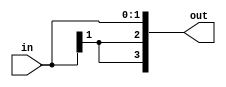
/*
 * Generated by Digital. Don't modify this file!
 * Any changes will be lost if this file is regenerated.
 */
module DIG_BitExtender #(
    parameter inputBits = 2,
    parameter outputBits = 4
)
(
    input [(inputBits-1):0] in,
    output [(outputBits - 1):0] out
);
    assign out = {{(outputBits - inputBits){in[inputBits - 1]}}, in};
endmodule




module CompUnsigned #(
    parameter Bits = 1
)
(
    input [(Bits -1):0] a,
    input [(Bits -1):0] b,
    output \> ,
    output \= ,
    output \<
);
    assign \> = a > b;
    assign \= = a == b;
    assign \< = a < b;
endmodule


module Mux_2x1_NBits #(
    parameter Bits = 2
)
(
    input [0:0] sel,
    input [(Bits - 1):0] in_0,
    input [(Bits - 1):0] in_1,
    output reg [(Bits - 1):0] out
);
    always @ (*) begin
        case (sel)
            1'h0: out = in_0;
            1'h1: out = in_1;
            default:
                out = 'h0;
        endcase
    end
endmodule


module immunit_digital (
  input [31:0] Inst,
  output [31:0] imm
);
  wire [11:0] s0;
  wire [31:0] immi;
  wire [11:0] s1;
  wire [31:0] imms;
  wire [12:0] s2;
  wire [31:0] immb;
  wire [19:0] s3;
  wire [20:0] s4;
  wire [31:0] immj;
  wire [6:0] opcode;
  wire [2:0] func3;
  wire s5;
  wire s6;
  wire s7;
  wire s8;
  wire s9;
  wire s10;
  wire s11;
  wire s12;
  wire [31:0] s13;
  wire [31:0] shamt;
  wire [31:0] s14;
  wire s15;
  wire [31:0] s16;
  wire s17;
  wire [31:0] s18;
  wire s19;
  wire [31:0] s20;
  wire s21;
  wire s22;
  wire [31:0] immu;
  wire s23;
  assign s1[4:0] = Inst[11:7];
  assign s1[11:5] = Inst[31:25];
  assign s2[0] = 1'b0;
  assign s2[4:1] = Inst[11:8];
  assign s2[10:5] = Inst[30:25];
  assign s2[11] = Inst[7];
  assign s2[12] = Inst[31];
  assign s4[0] = 1'b0;
  assign s4[10:1] = Inst[30:21];
  assign s4[11] = Inst[20];
  assign s4[19:12] = Inst[19:12];
  assign s4[20] = Inst[31];
  assign s0 = Inst[31:20];
  assign s3 = Inst[31:12];
  assign opcode = Inst[6:0];
  assign func3 = Inst[14:12];
  DIG_BitExtender #(
    .inputBits(12),
    .outputBits(32)
  )
  DIG_BitExtender_i0 (
    .in( s0 ),
    .out( immi )
  );
  DIG_BitExtender #(
    .inputBits(12),
    .outputBits(32)
  )
  DIG_BitExtender_i1 (
    .in( s1 ),
    .out( imms )
  );
  DIG_BitExtender #(
    .inputBits(13),
    .outputBits(32)
  )
  DIG_BitExtender_i2 (
    .in( s2 ),
    .out( immb )
  );
  DIG_BitExtender #(
    .inputBits(21),
    .outputBits(32)
  )
  DIG_BitExtender_i3 (
    .in( s4 ),
    .out( immj )
  );
  CompUnsigned #(
    .Bits(7)
  )
  CompUnsigned_i4 (
    .a( opcode ),
    .b( 7'b10011 ),
    .\= ( s5 )
  );
  CompUnsigned #(
    .Bits(7)
  )
  CompUnsigned_i5 (
    .a( opcode ),
    .b( 7'b11 ),
    .\= ( s6 )
  );
  CompUnsigned #(
    .Bits(7)
  )
  CompUnsigned_i6 (
    .a( opcode ),
    .b( 7'b1110011 ),
    .\= ( s7 )
  );
  CompUnsigned #(
    .Bits(7)
  )
  CompUnsigned_i7 (
    .a( opcode ),
    .b( 7'b1100111 ),
    .\= ( s8 )
  );
  CompUnsigned #(
    .Bits(3)
  )
  CompUnsigned_i8 (
    .a( func3 ),
    .b( 3'b101 ),
    .\= ( s10 )
  );
  CompUnsigned #(
    .Bits(3)
  )
  CompUnsigned_i9 (
    .a( func3 ),
    .b( 3'b1 ),
    .\= ( s11 )
  );
  CompUnsigned #(
    .Bits(7)
  )
  CompUnsigned_i10 (
    .a( opcode ),
    .b( 7'b100011 ),
    .\= ( s15 )
  );
  CompUnsigned #(
    .Bits(7)
  )
  CompUnsigned_i11 (
    .a( opcode ),
    .b( 7'b1100011 ),
    .\= ( s17 )
  );
  CompUnsigned #(
    .Bits(7)
  )
  CompUnsigned_i12 (
    .a( opcode ),
    .b( 7'b1101111 ),
    .\= ( s19 )
  );
  CompUnsigned #(
    .Bits(7)
  )
  CompUnsigned_i13 (
    .a( opcode ),
    .b( 7'b110111 ),
    .\= ( s21 )
  );
  CompUnsigned #(
    .Bits(7)
  )
  CompUnsigned_i14 (
    .a( opcode ),
    .b( 7'b10111 ),
    .\= ( s23 )
  );
  DIG_BitExtender #(
    .inputBits(20),
    .outputBits(32)
  )
  DIG_BitExtender_i15 (
    .in( s3 ),
    .out( immu )
  );
  assign shamt[4:0] = s0[4:0];
  assign shamt[31:5] = 27'b0;
  assign s9 = (s5 | s6 | s7 | s8);
  assign s12 = (s5 & (s10 | s11));
  assign s22 = (s21 | s23);
  Mux_2x1_NBits #(
    .Bits(32)
  )
  Mux_2x1_NBits_i16 (
    .sel( s9 ),
    .in_0( 32'b0 ),
    .in_1( immi ),
    .out( s13 )
  );
  Mux_2x1_NBits #(
    .Bits(32)
  )
  Mux_2x1_NBits_i17 (
    .sel( s12 ),
    .in_0( s13 ),
    .in_1( shamt ),
    .out( s14 )
  );
  Mux_2x1_NBits #(
    .Bits(32)
  )
  Mux_2x1_NBits_i18 (
    .sel( s15 ),
    .in_0( s14 ),
    .in_1( imms ),
    .out( s16 )
  );
  Mux_2x1_NBits #(
    .Bits(32)
  )
  Mux_2x1_NBits_i19 (
    .sel( s17 ),
    .in_0( s16 ),
    .in_1( immb ),
    .out( s18 )
  );
  Mux_2x1_NBits #(
    .Bits(32)
  )
  Mux_2x1_NBits_i20 (
    .sel( s19 ),
    .in_0( s18 ),
    .in_1( immj ),
    .out( s20 )
  );
  Mux_2x1_NBits #(
    .Bits(32)
  )
  Mux_2x1_NBits_i21 (
    .sel( s22 ),
    .in_0( s20 ),
    .in_1( immu ),
    .out( imm )
  );
endmodule